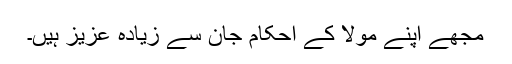
مجھے اپنے مولا کے احکام جان سے زیادہ عزیز ہیں۔